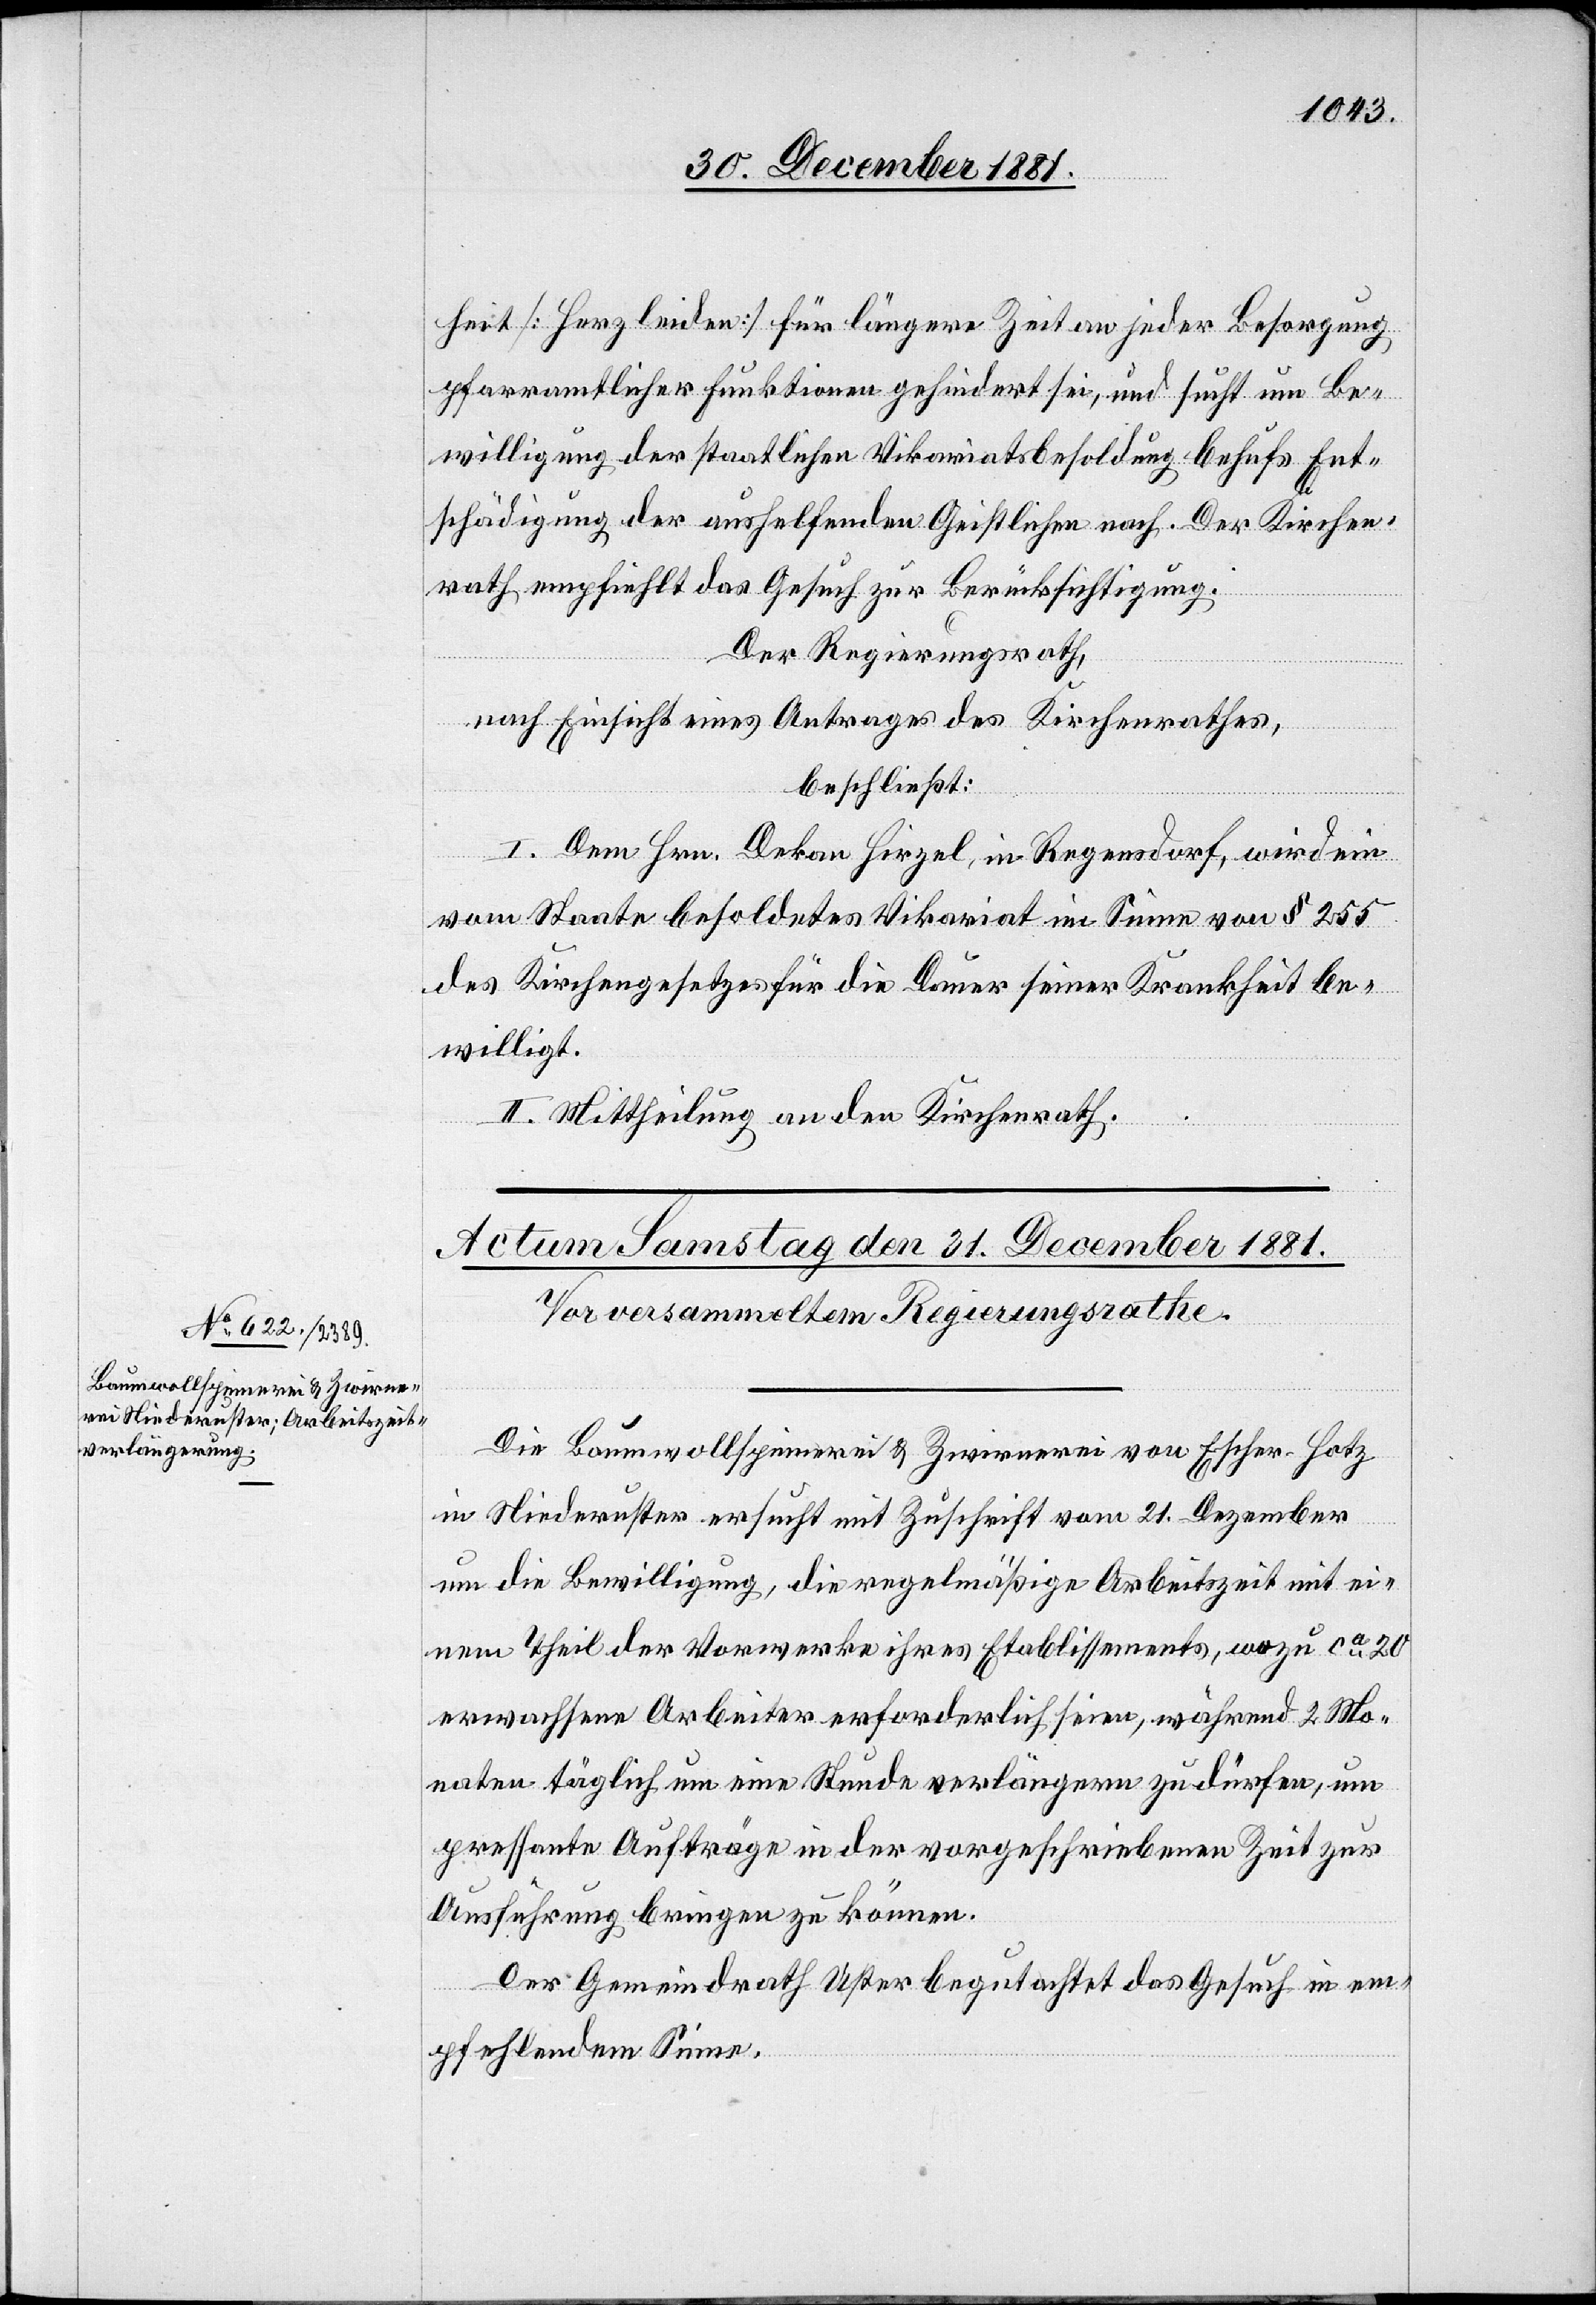
heit [Herzleiden] für längere Zeit an jeder Besorgung
pfarramtlicher Funktionen gehindert sei, und sucht um Be¬
willigung der staatlichen Vikariatsbesoldung behufs Ent¬
schädigung der aushelfenden Geistlichen nach. Der Kirchen¬
rath empfiehlt das Gesuch zur Berücksichtigung.
Der Regierungsrath,
nach Einsicht eines Antrages des Kirchenrathes,
beschließt:
I. Dem Hrn. Dekan Hirzel, in Regensdorf, wird ein
vom Staate besoldetes Vikariat im Sinne von § 255
des Kirchengesetzes für die Dauer seiner Krankheit be¬
willigt.
II. Mittheilung an den Kirchenrath.
Die Baumwollspinnerei & Zwirnerei von Escher-Hotz
in Niederuster ersucht mit Zuschrift vom 21. Dezember
um die Bewilligung, die regelmäßige Arbeitszeit mit ei¬
nem Theil der Vorwerke ihres Etablissements, wozu cca 20
erwachsene Arbeiter erforderlich seien, während 2 Mo¬
naten täglich um eine Stunde verlängern zu dürfen, um
pressante Aufträge in der vorgeschriebenen Zeit zur
Ausführung bringen zu können.
Der Gemeindrath Uster begutachtet das Gesuch in em¬
pfehlendem Sinne.